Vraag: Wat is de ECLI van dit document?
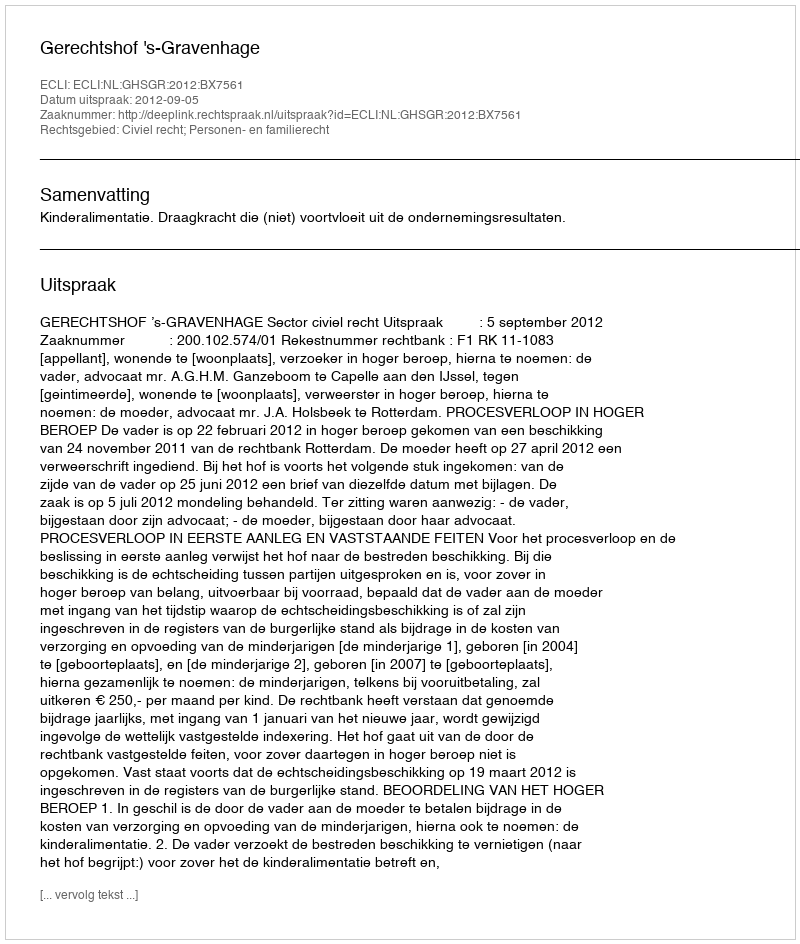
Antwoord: ECLI:NL:GHSGR:2012:BX7561